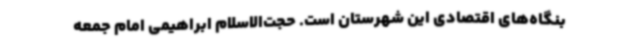
بنگاه‌های اقتصادی این شهرستان است. حجت‌الاسلام ابراهیمی امام جمعه